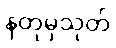
နတုမှသုတ်